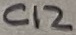
Text: C12